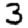
Digit: 3